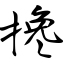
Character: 搀